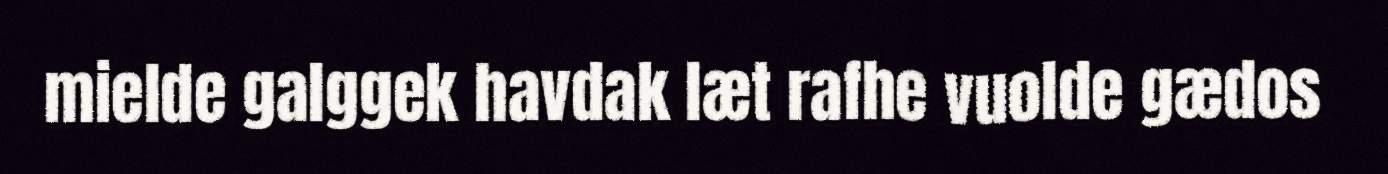
mielde galggek havdak læt rafhe vuolde gædos